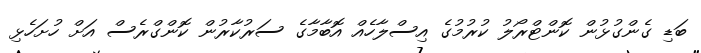
ބަޑި ގެންގުޅުން ކޮންޓްރޯލު ކުރުމުގެ އިސްލާހެއް އޮބާމާގެ ސަރުކާރުން ކޮންގްރެސް އަށް ހުށަހެޅި